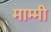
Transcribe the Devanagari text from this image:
माम्मी